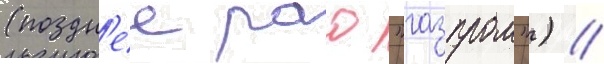
(поздн'ее рао "газпром") //